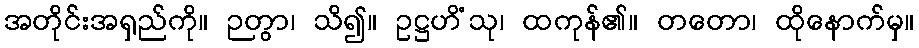
အတိုင်းအရှည်ကို။ ဉတွာ၊ သိ၍။ ဥဋ္ဌဟိံသု၊ ထကုန်၏။ တတော၊ ထိုနောက်မှ။